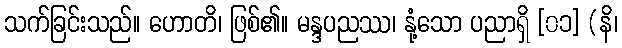
သက်ခြင်းသည်။ ဟောတိ၊ ဖြစ်၏။ မန္ဒပညဿ၊ နုံ့သော ပညာရှိ [၀၁] (နိ၊